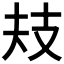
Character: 𢺻